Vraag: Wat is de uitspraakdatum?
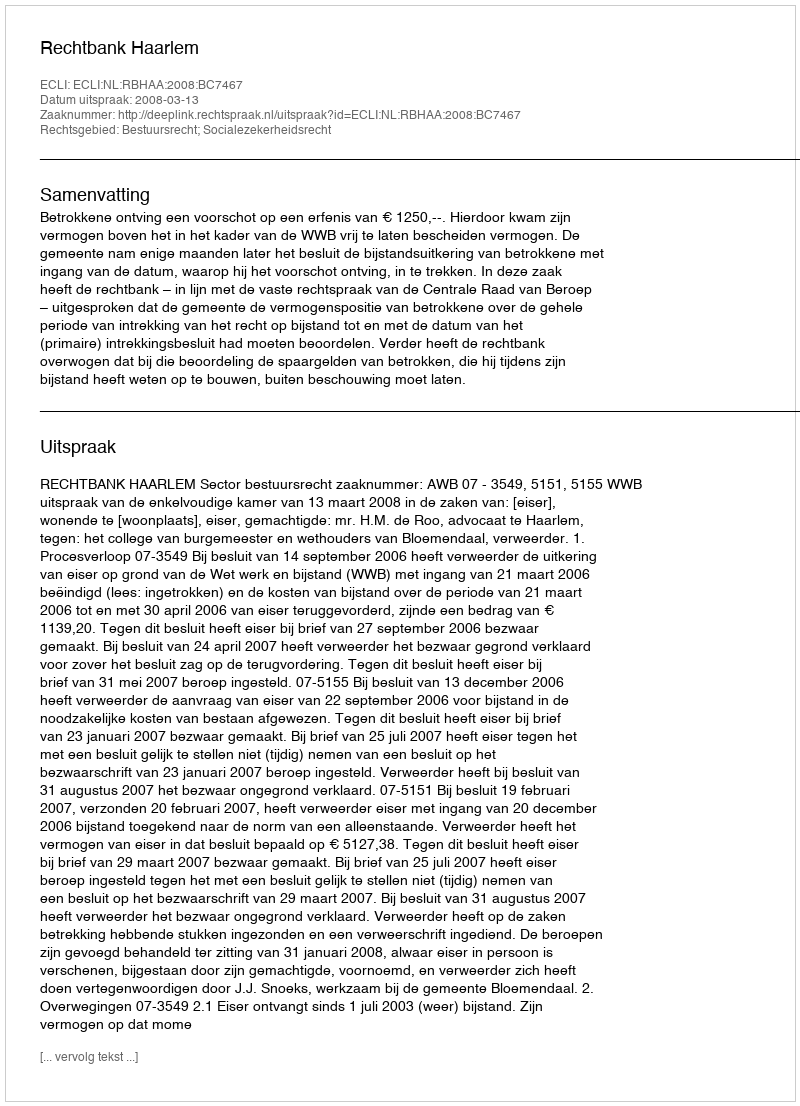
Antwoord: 2008-03-13